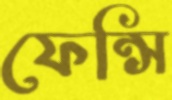
ফেন্সি